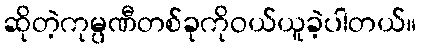
ဆိုတဲ့ကုမ္ပဏီတစ်ခုကိုဝယ်ယူခဲ့ပါတယ်။